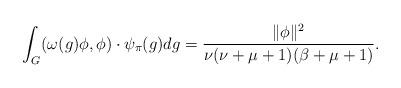
LaTeX: \begin{align*}\int_G(\omega(g)\phi,\phi) \cdot \psi_{\pi}(g)dg=\frac{\|\phi\|^2}{\nu(\nu+\mu+1)(\beta+\mu+1)}.\end{align*}